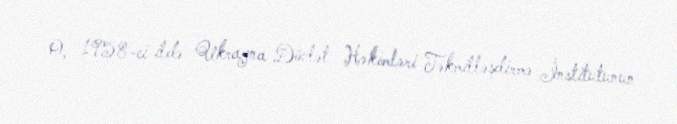
O, 1958-ci ildə Ukrayna Dövlət Həkimləri Təkmilləşdirmə İnstitutunun